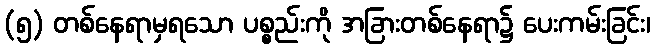
(၅) တစ်နေရာမှရသော ပစ္စည်းကို အခြားတစ်နေရာ၌ ပေးကမ်းခြင်း၊